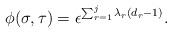
LaTeX: \begin{align*}\phi(\sigma, \tau) = \epsilon^{\sum_{r=1}^j \lambda_r (d_r - 1)}.\end{align*}